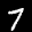
Label: 7